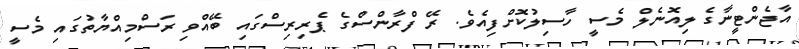
އާޖެންޓީނާގެ ލިއޮނެލް މެސީ ހާސިލުކޮށްފިއެވެ. ރޭ ފްރާންސްގެ ޕެރިރިސްގައި ބޭއްވި ރަސްމިއްޔާތުގައި މެސީ